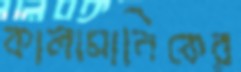
কালামানিকের